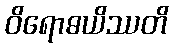
ဝိရောဓယိဿတိ